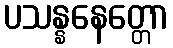
ပသန္နနေတ္တော